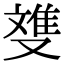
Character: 﨎